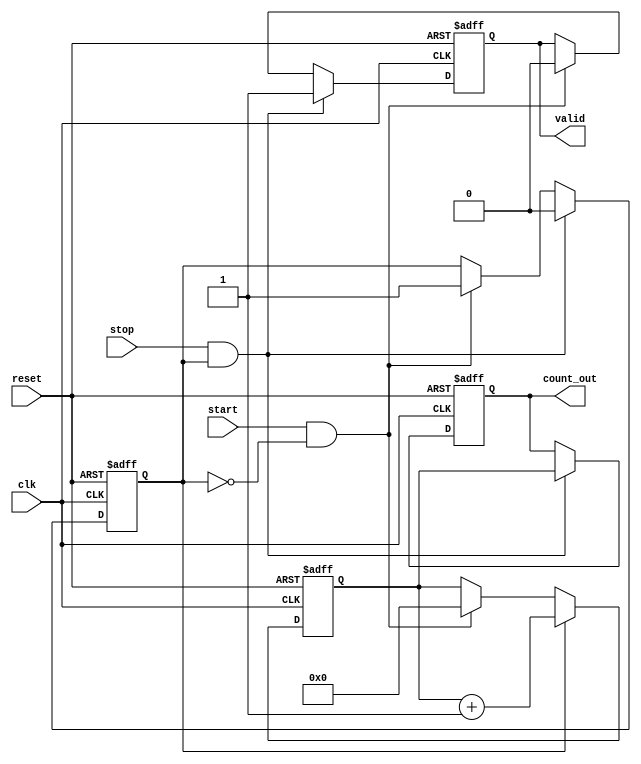
module TDC (
    input wire clk,            // Clock input
    input wire reset,          // Asynchronous reset
    input wire start,          // Start signal
    input wire stop,           // Stop signal
    output reg [15:0] count_out, // Output count value (16-bit)
    output reg valid           // Valid signal indicating new data
);

    reg [15:0] counter;        // 16-bit counter
    reg measuring;             // State to indicate if counting is active

    // Asynchronous reset and edge detection for start and stop signals
    always @(posedge clk or posedge reset) begin
        if (reset) begin
            counter <= 16'b0;   // Reset counter
            count_out <= 16'b0; // Reset output
            valid <= 1'b0;      // No valid data initially
            measuring <= 1'b0;  // Not measuring
        end else begin
            // Start counting on rising edge of start signal
            if (start && !measuring) begin
                counter <= 16'b0; // Reset counter
                measuring <= 1'b1; // Start measuring
                valid <= 1'b0;     // Reset valid flag
            end
            
            // Stop counting on rising edge of stop signal
            if (stop && measuring) begin
                count_out <= counter; // Capture the current count
                valid <= 1'b1;         // Indicate valid measurement
                measuring <= 1'b0;     // Stop measuring
            end
            
            // Count only when measuring
            if (measuring) begin
                counter <= counter + 1; // Increment counter
            end
        end
    end

endmodule